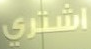
إشتري